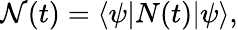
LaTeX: {\cal N}(t)=\langle\psi|N(t)|\psi\rangle,